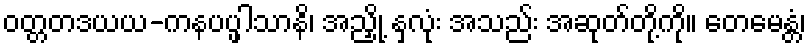
ဝတ္တတဒယယ-ကနပပ္ဖါသာနိ၊ အညှို့ နှလုံး အသည်း အဆုတ်တို့ကို။ တေမေန္တံ၊